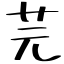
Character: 芫